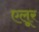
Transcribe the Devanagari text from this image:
एलूर